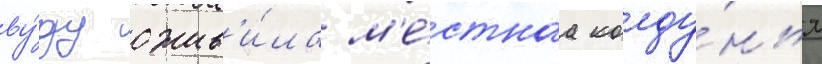
ву́ду ожив'и́ла м'е́стнаа колду́нья